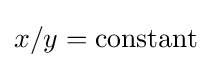
x/y={\text{constant}}